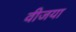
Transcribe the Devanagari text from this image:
वीजया